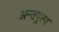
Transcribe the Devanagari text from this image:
अन्तःपूरण